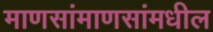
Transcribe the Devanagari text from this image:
माणसांमाणसांमधील